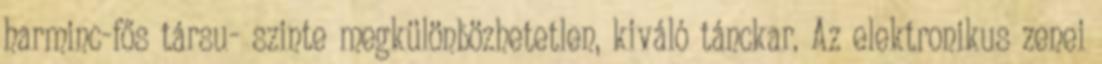
harminc-fős társu- szinte megkülönbözhetetlen, kiváló tánckar. Az elektronikus zenei